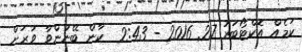
ކަމެއް އޮކްޓޯބަރު 27